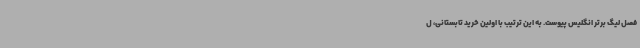
فصل لیگ برتر انگلیس پیوست. به این ترتیب با اولین خرید تابستانی، ل